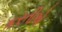
કરતીએ